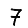
Digit: 7